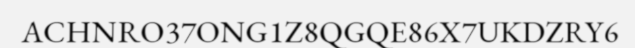
ACHNRO37ONG1Z8QGQE86X7UKDZRY6